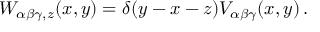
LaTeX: W _ { \alpha \beta \gamma , z } ( x , y ) = \delta ( y - x - z ) V _ { \alpha \beta \gamma } ( x , y ) \, .